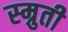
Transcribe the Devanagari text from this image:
स्म्रुती